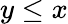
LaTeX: y\leq x